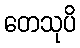
တေသုပိ